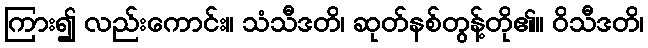
ကြား၍ လည်းကောင်း။ သံသီဒတိ၊ ဆုတ်နစ်တွန့်တို၏။ ဝိသီဒတိ၊